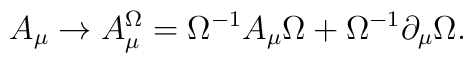
A_\mu \to A^{\Omega}_\mu = \Omega^{-1} A_\mu \Omega + \Omega^{-1}\partial_ \mu  \Omega  .